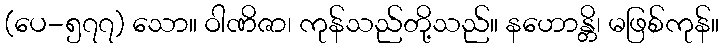
(ပေ-၅၇၇) သော။ ဝါဏိဇာ၊ ကုန်သည်တို့သည်။ နဟောန္တိ၊ မဖြစ်ကုန်။